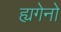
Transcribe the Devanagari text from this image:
ह्यगेनो